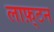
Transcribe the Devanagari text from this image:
लाफ़्टन